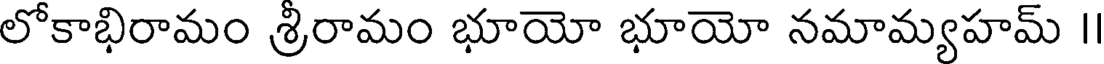
లోకాభిరామం శ్రీరామం భూయో భూయో నమామ్యహమ్ I